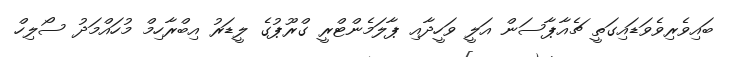
ބައިވެރިވެވަޑައިގަތީ ޗެއާޕާސަން އަލީ ވަހީދާއި ޕާލަމެންޓްރީ ގްރޫޕުގެ ލީޑަރު އިބްރާހިމް މުހައްމަދު ސޯލިހް